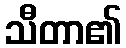
သီတာ၏